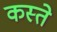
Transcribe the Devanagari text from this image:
कस्‍ते